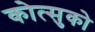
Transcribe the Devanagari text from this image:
कोत्सुको